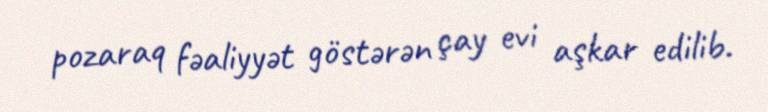
pozaraq fəaliyyət göstərən çay evi aşkar edilib.